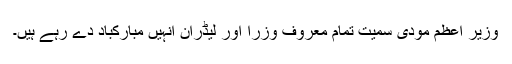
وزیر اعظم مودی سمیت تمام معروف وزرا اور لیڈران انہیں مبارکباد دے رہے ہیں۔